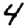
Digit: 4